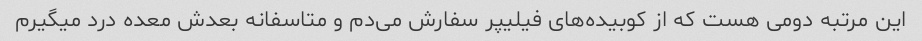
این مرتبه دومی هست که از کوبیده‌های فیلیپر سفارش می‌دم و متاسفانه بعدش معده درد میگیرم